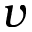
v